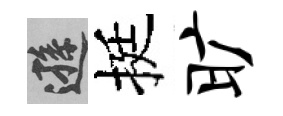
遜挺旷